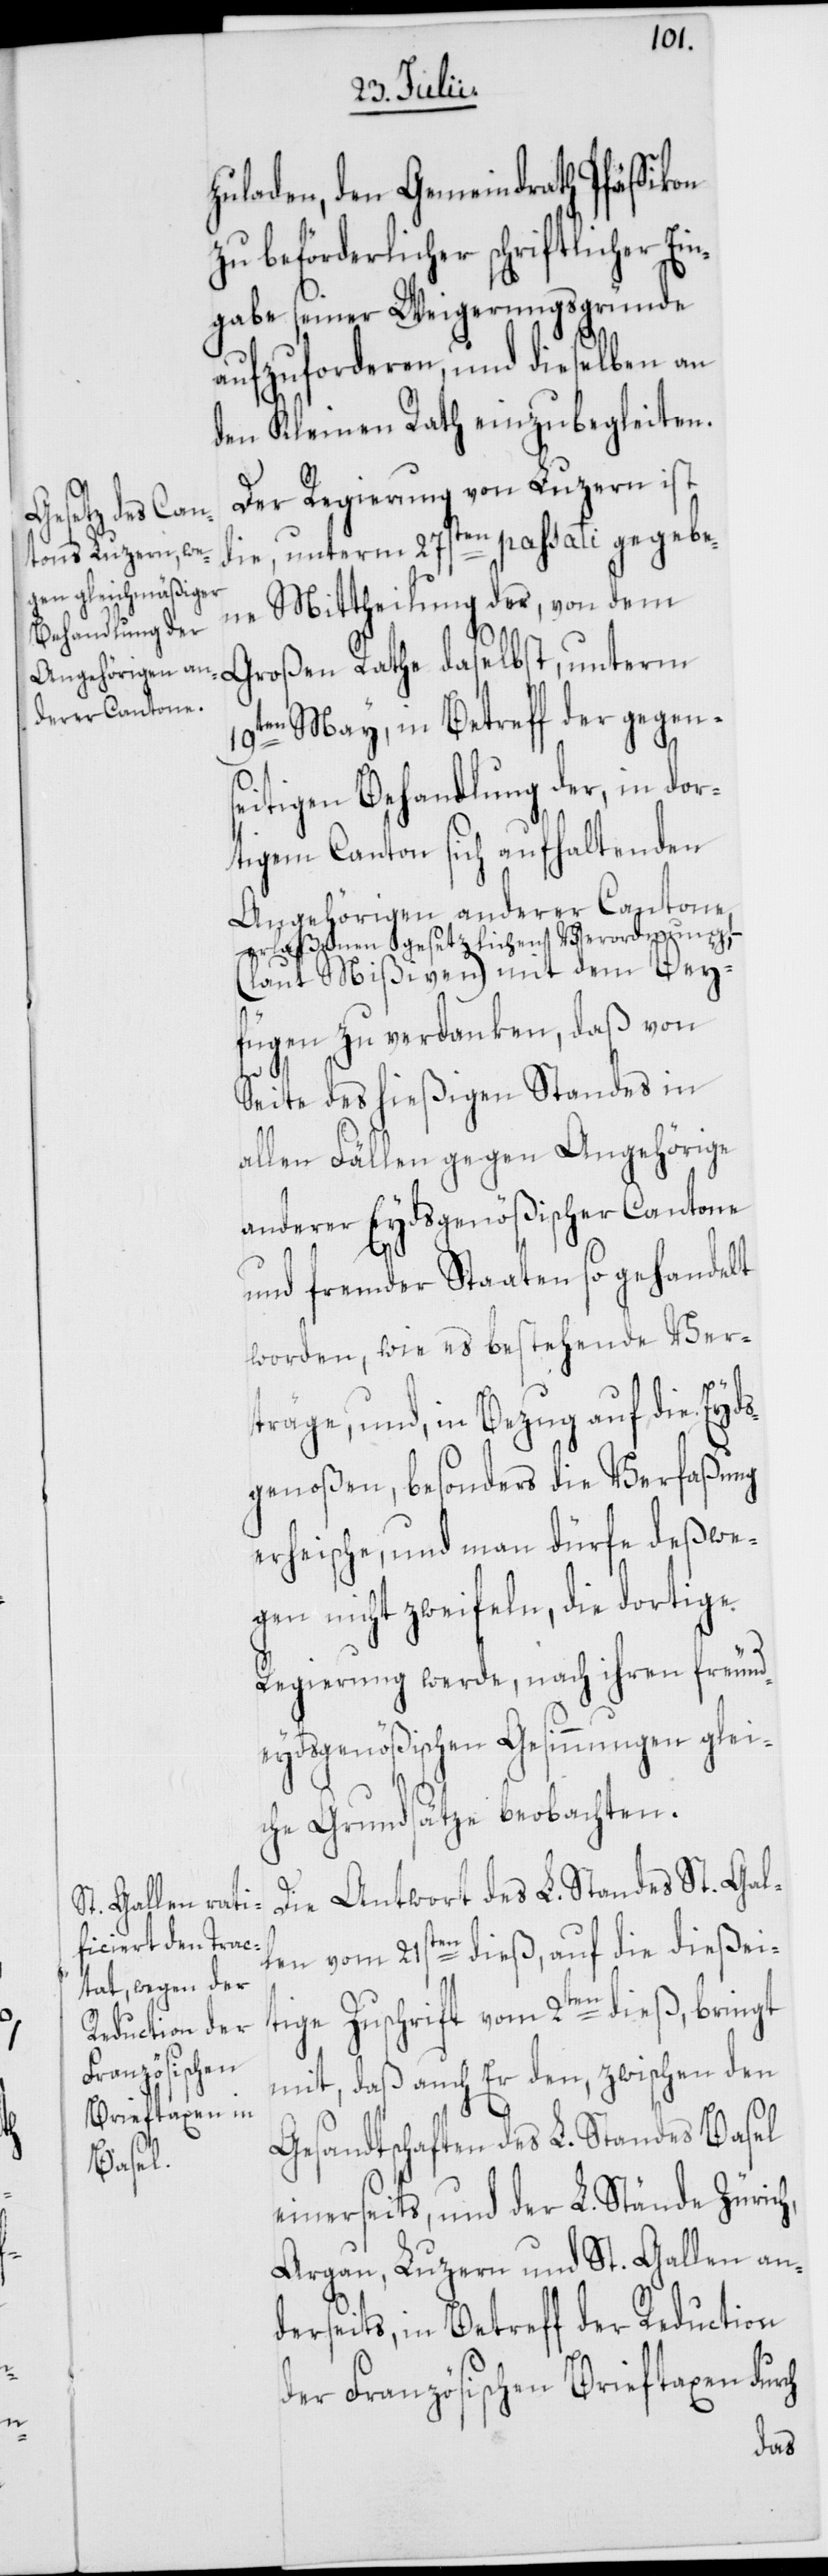
zuladen, den Gemeindrath Pfäffikon
zu beförderlicher schriftlicher Ei¬
ngabe seiner Weigerungsgründe
aufzuforderen, und dieselben an
den Kleinen Rath einzubegleiten.
Der Regierung von Luzern ist
die, unterm 27sten passati gegebe¬
ne Mittheilung der, von dem
19ten May, in Betreff der gegens¬
eitigen Behandlung der, in dor¬
tigem Canton sich aufhaltenden
Angehörigen anderer Cantone,
erlaßenen gesetzlichen Verordnung,
(laut Mißiven) mit dem Bey¬
fügen zu verdanken, daß von
Seite des hießigen Standes in
allen Fällen gegen Angehörige
anderer Eydsgenößischer Cantone
und fremder Staaten so gehandelt
worden, wie es bestehende Ver¬
träge, und, in Bezug auf die Eyds¬
genoßen, besonders die Verfaßung
erheische, und man dürfe deßwe¬
gen nicht zweifeln, die dortige
Regierung werde, nach ihren freund¬
eydsgenößischen Gesinnungen glei¬
che Grundsätze beobachten.
Die Antwort des L. Standes St. Gal¬
len vom 21sten dieß, auf die dießei¬
tige Zuschrift vom 2ten dieß, bringt
mit, daß auch Er den, zwischen den
Gesandtschaften des L. Standes Basel
einerseits, und der L. Stände Zürich,
Argau, Luzern und St. Gallen an¬
derseits, in Betreff der Reduction
der Französischen Brieftaxen durch